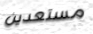
مستعدين